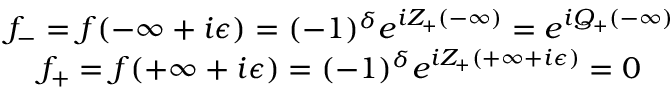
\begin{array} { c } { { f _ { - } = f ( - \infty + i \epsilon ) = ( - 1 ) ^ { \delta } e ^ { i Z _ { + } ( - \infty ) } = e ^ { i { \cal Q } _ { + } ( - \infty ) } } } \\ { { f _ { + } = f ( + \infty + i \epsilon ) = ( - 1 ) ^ { \delta } e ^ { i Z _ { + } ( + \infty + i \epsilon ) } = 0 } } \end{array}